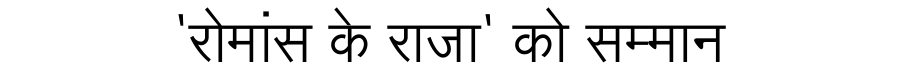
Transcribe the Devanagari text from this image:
'रोमांस के राजा' को सम्मान